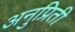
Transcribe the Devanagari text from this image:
अनुप्रिती